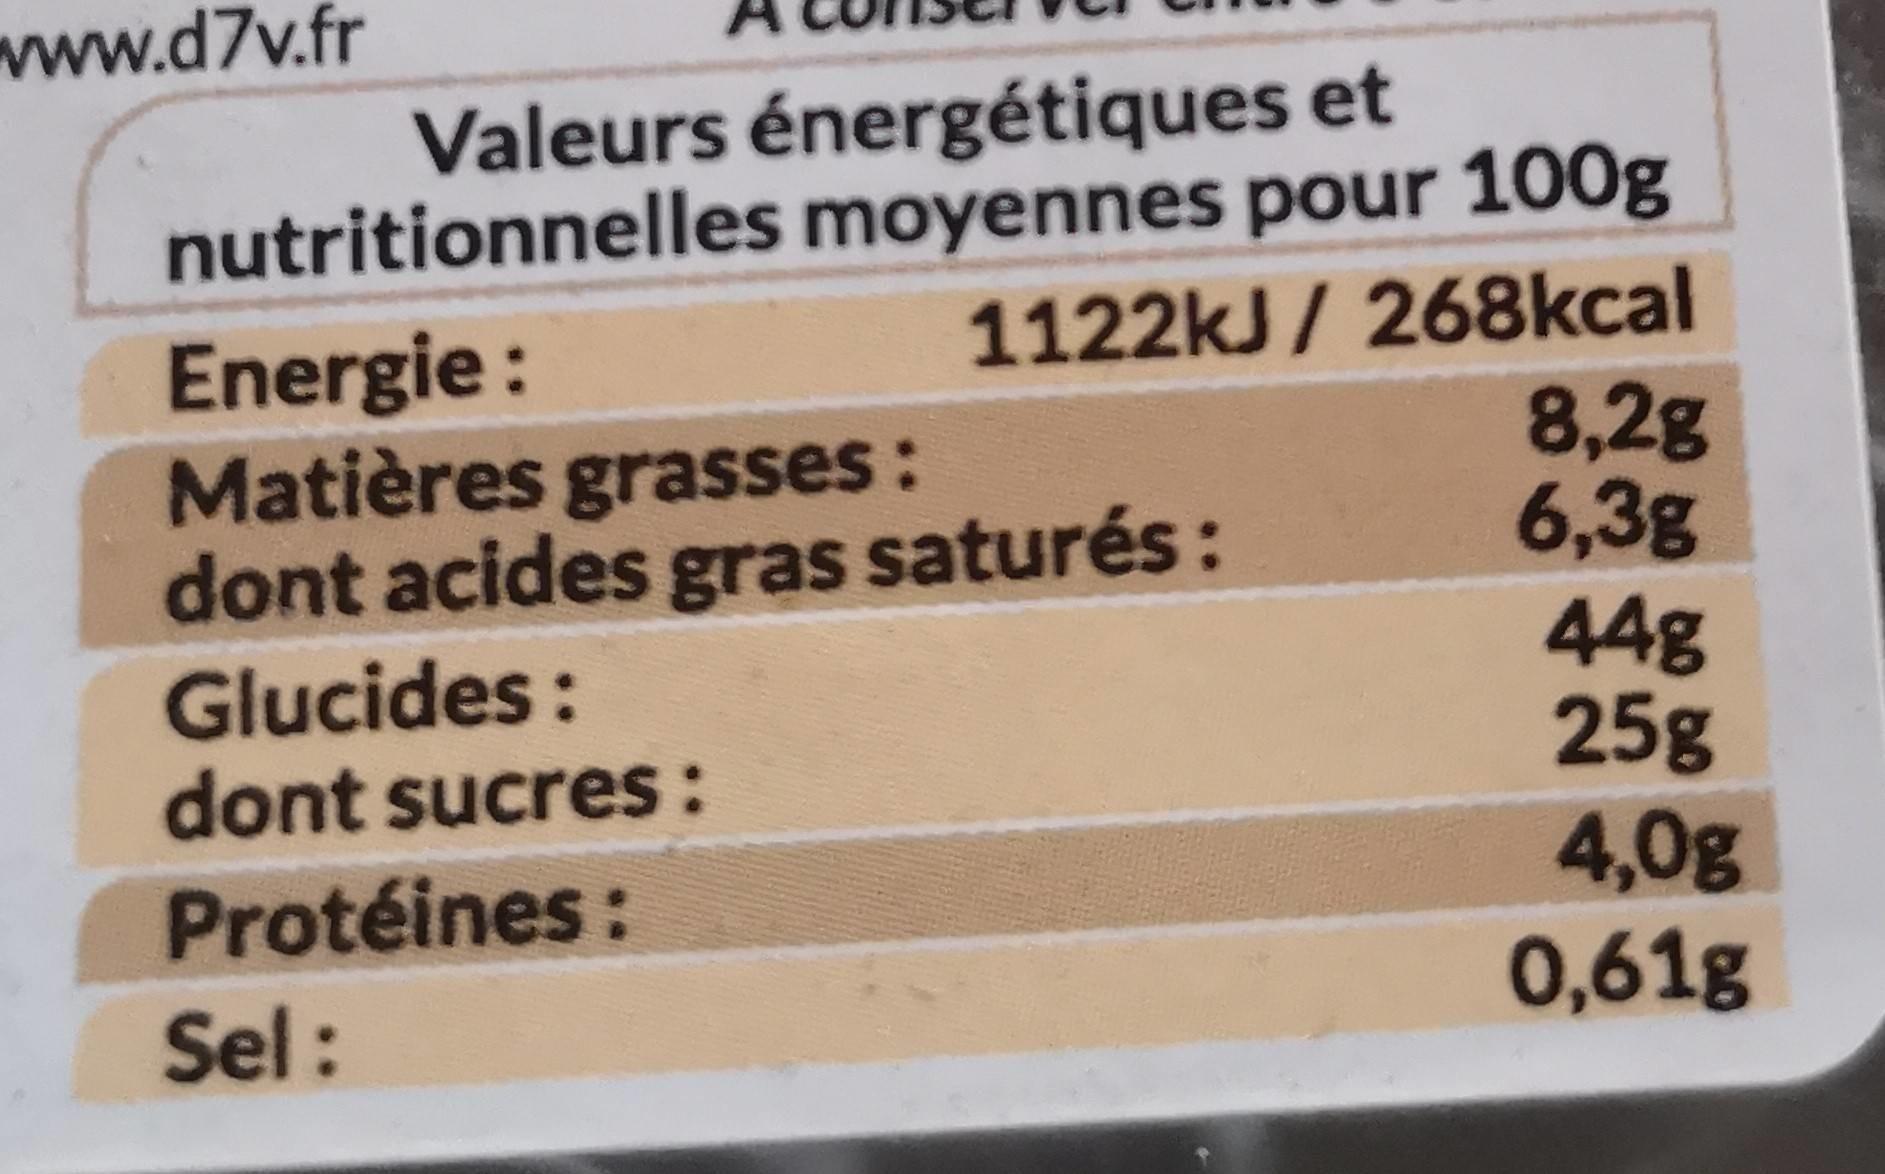
www.d7v.fr
Valeurs énergétiques et
Energie : Matières grasses: dont acides gras saturés: Glucides: dont sucres :
nutritionnelles moyennes pour 100g 1122kJ / 268kcal 8,2g 6,3g 44g 25g 4,0g 0,61g
Protéines:
Sel: